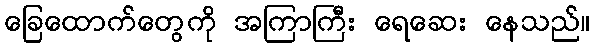
ခြေထောက်တွေကို အကြာကြီး ရေဆေး နေသည်။